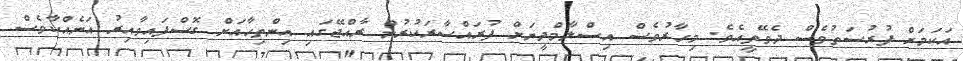
އަކަމަށް ފުރުސަތުވެސް ދެވޭތީއެެވެ. މިހާރުވެސް އިސްލާމްދީނަށް ފުރައްސާރަކުރުން ރާއްޖޭގައި އިންތިހާއަށް ގޮސްފައިވާއިރު އަނެއްކާވެސް